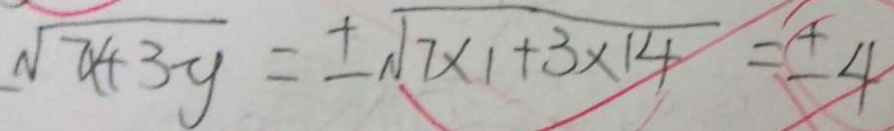
\sqrt { 7 x + 3 y } = \pm \sqrt { 7 \times 1 + 3 \times 1 4 } = \pm 4